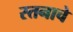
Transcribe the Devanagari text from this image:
स्तनाचे